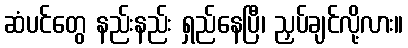
ဆံပင်တွေ နည်းနည်း ရှည်နေပြီ၊ ညှပ်ချင်လို့လား။